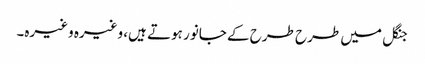
جنگل میں طرح طرح کے جانور ہوتے ہیں، وغیرہ وغیرہ۔